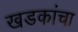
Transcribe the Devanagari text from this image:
खडकांचा